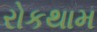
રોકથામ